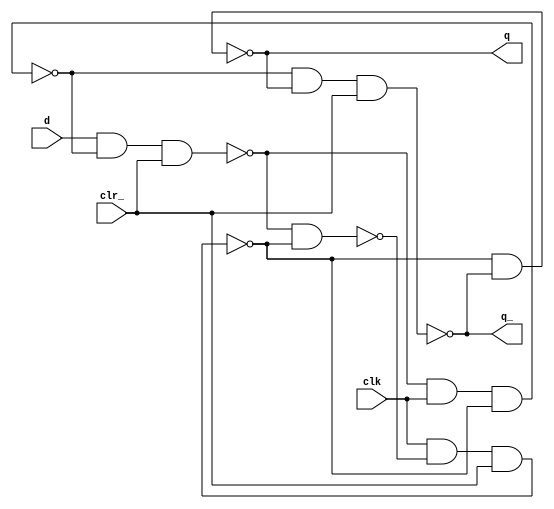
// Positive edge-triggered D flip-flop, built out of nand gates

`celldefine
module dffr_b(clr_,clk,q,q_,d);
    output q, q_;
    input  clr_, clk, d;

    nand  n1 (de, dl, qe);
    nand  n2 (qe, clk, de, clr_);
    nand  n3 (dl, d, dl_, clr_);
    nand  n4 (dl_, dl, clk, qe);
    nand  n5 (q, qe, q_);
    nand  n6 (q_, dl_, q, clr_);

specify
// modeling your delay here !!



endspecify


endmodule
`endcelldefine